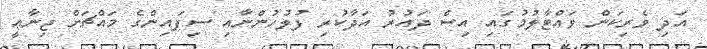
އަދި ވެރިކަން ވައްޓާލުމުގައި އިސް ދައުރު އަދާކުރި ފުލުހުންނާއި ސިފައިންގެ މައްޗަށް ޖިނާޢީ